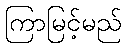
ကြာမြင့်မည်